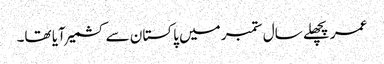
عمر پچھلے سال ستمبر میں پاکستان سے کشمیر آیا تھا۔